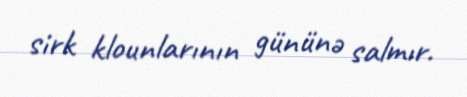
sirk klounlarının gününə salmır.